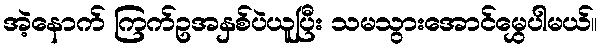
အဲ့နောက် ကြက်ဥအနှစ်ပဲယူပြီး သမသွားအောင်မွှေပါမယ်။